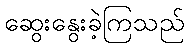
ဆွေးနွေးခဲ့ကြသည်